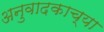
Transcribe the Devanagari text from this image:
अनुवादकाच्या